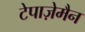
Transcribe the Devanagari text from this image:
टेपाज़ेमैन